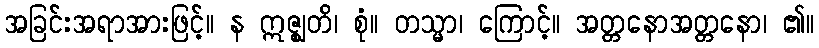
အခြင်းအရာအားဖြင့်။ န ဣဇ္ဈတိ၊ စုံ။ တသ္မာ၊ ကြောင့်။ အတ္တနောအတ္တနော၊ ၏။